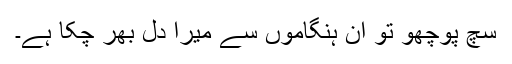
سچ پوچھو تو ان ہنگاموں سے میرا دل بھر چکا ہے۔